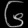
Digit: ၆